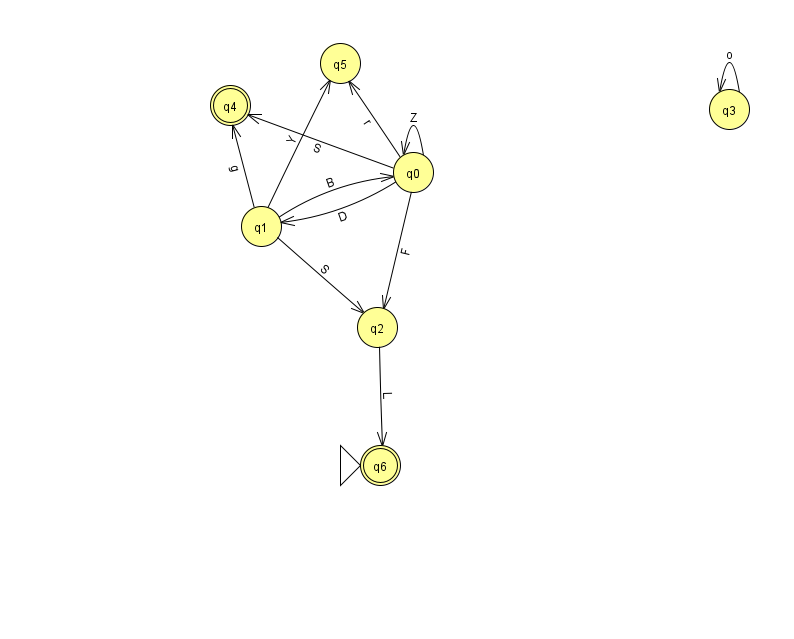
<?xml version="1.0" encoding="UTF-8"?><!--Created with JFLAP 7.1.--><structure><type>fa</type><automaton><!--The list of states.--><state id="0" name="q0"><x>413.0</x><y>159.0</y></state><state id="1" name="q1"><x>261.0</x><y>213.0</y></state><state id="2" name="q2"><x>377.0</x><y>314.0</y></state><state id="3" name="q3"><x>729.0</x><y>96.0</y></state><state id="4" name="q4"><x>230.0</x><y>92.0</y><final/></state><state id="5" name="q5"><x>340.0</x><y>50.0</y></state><state id="6" name="q6"><x>380.0</x><y>452.0</y><initial/><final/></state><!--The list of transitions.--><transition><from>1</from><to>4</to><read>g</read></transition><transition><from>1</from><to>2</to><read>S</read></transition><transition><from>2</from><to>6</to><read>L</read></transition><transition><from>0</from><to>5</to><read>r</read></transition><transition><from>1</from><to>5</to><read>Y</read></transition><transition><from>1</from><to>0</to><read>B</read></transition><transition><from>0</from><to>0</to><read>Z</read></transition><transition><from>0</from><to>2</to><read>F</read></transition><transition><from>0</from><to>1</to><read>D</read></transition><transition><from>0</from><to>4</to><read>S</read></transition><transition><from>3</from><to>3</to><read>o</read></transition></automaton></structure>